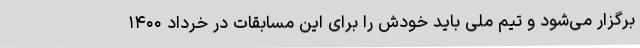
برگزار می‌شود و تیم ملی باید خودش را برای این مسابقات در خرداد ۱۴۰۰